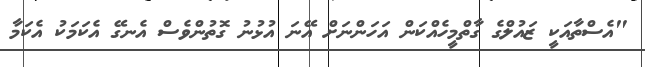
"އެސްތާއަކީ ޒައުލްގެ ގާތްމީހެއްކަން އަހަންނަށް އޭނަ އުޅުނު ގޮތުންވެސް އެނގޭ އެކަމަކު އެކަމާ